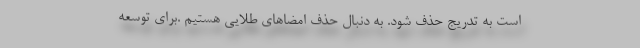
است به تدریج حذف شود. به دنبال حذف امضاهای طلایی هستیم .برای توسعه